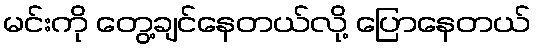
မင်းကို တွေ့ချင်နေတယ်လို့ ပြောနေတယ်